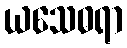
ယသေဓရာ